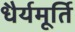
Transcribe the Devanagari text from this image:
धैर्यमूर्ति